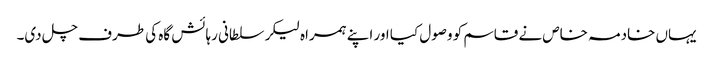
یہاں خادمہ خاص نے قاسم کو وصول کیا اور اپنے ہمراہ لیکر سلطانی رہائش گاہ کی طرف چل دی۔